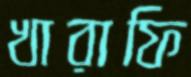
খারাফি